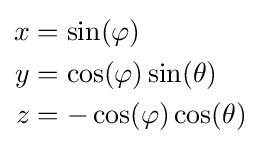
{\begin{aligned}x&=\sin(\varphi )\\y&=\cos(\varphi )\sin(\theta )\\z&=-\cos(\varphi )\cos(\theta )\end{aligned}}